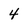
Character: 4